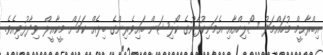
އިބްރާޙީމް މުހައްމަދު ސޯލިހްއާއި އެމަނިކުފާނުގެ ކޯލިޝަން ބައިވެރިންގެ ބިލެއް ކަމަށް މީކާއީލް ވިދާޅުވިއެވެ.